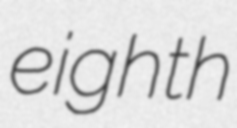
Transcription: eighth